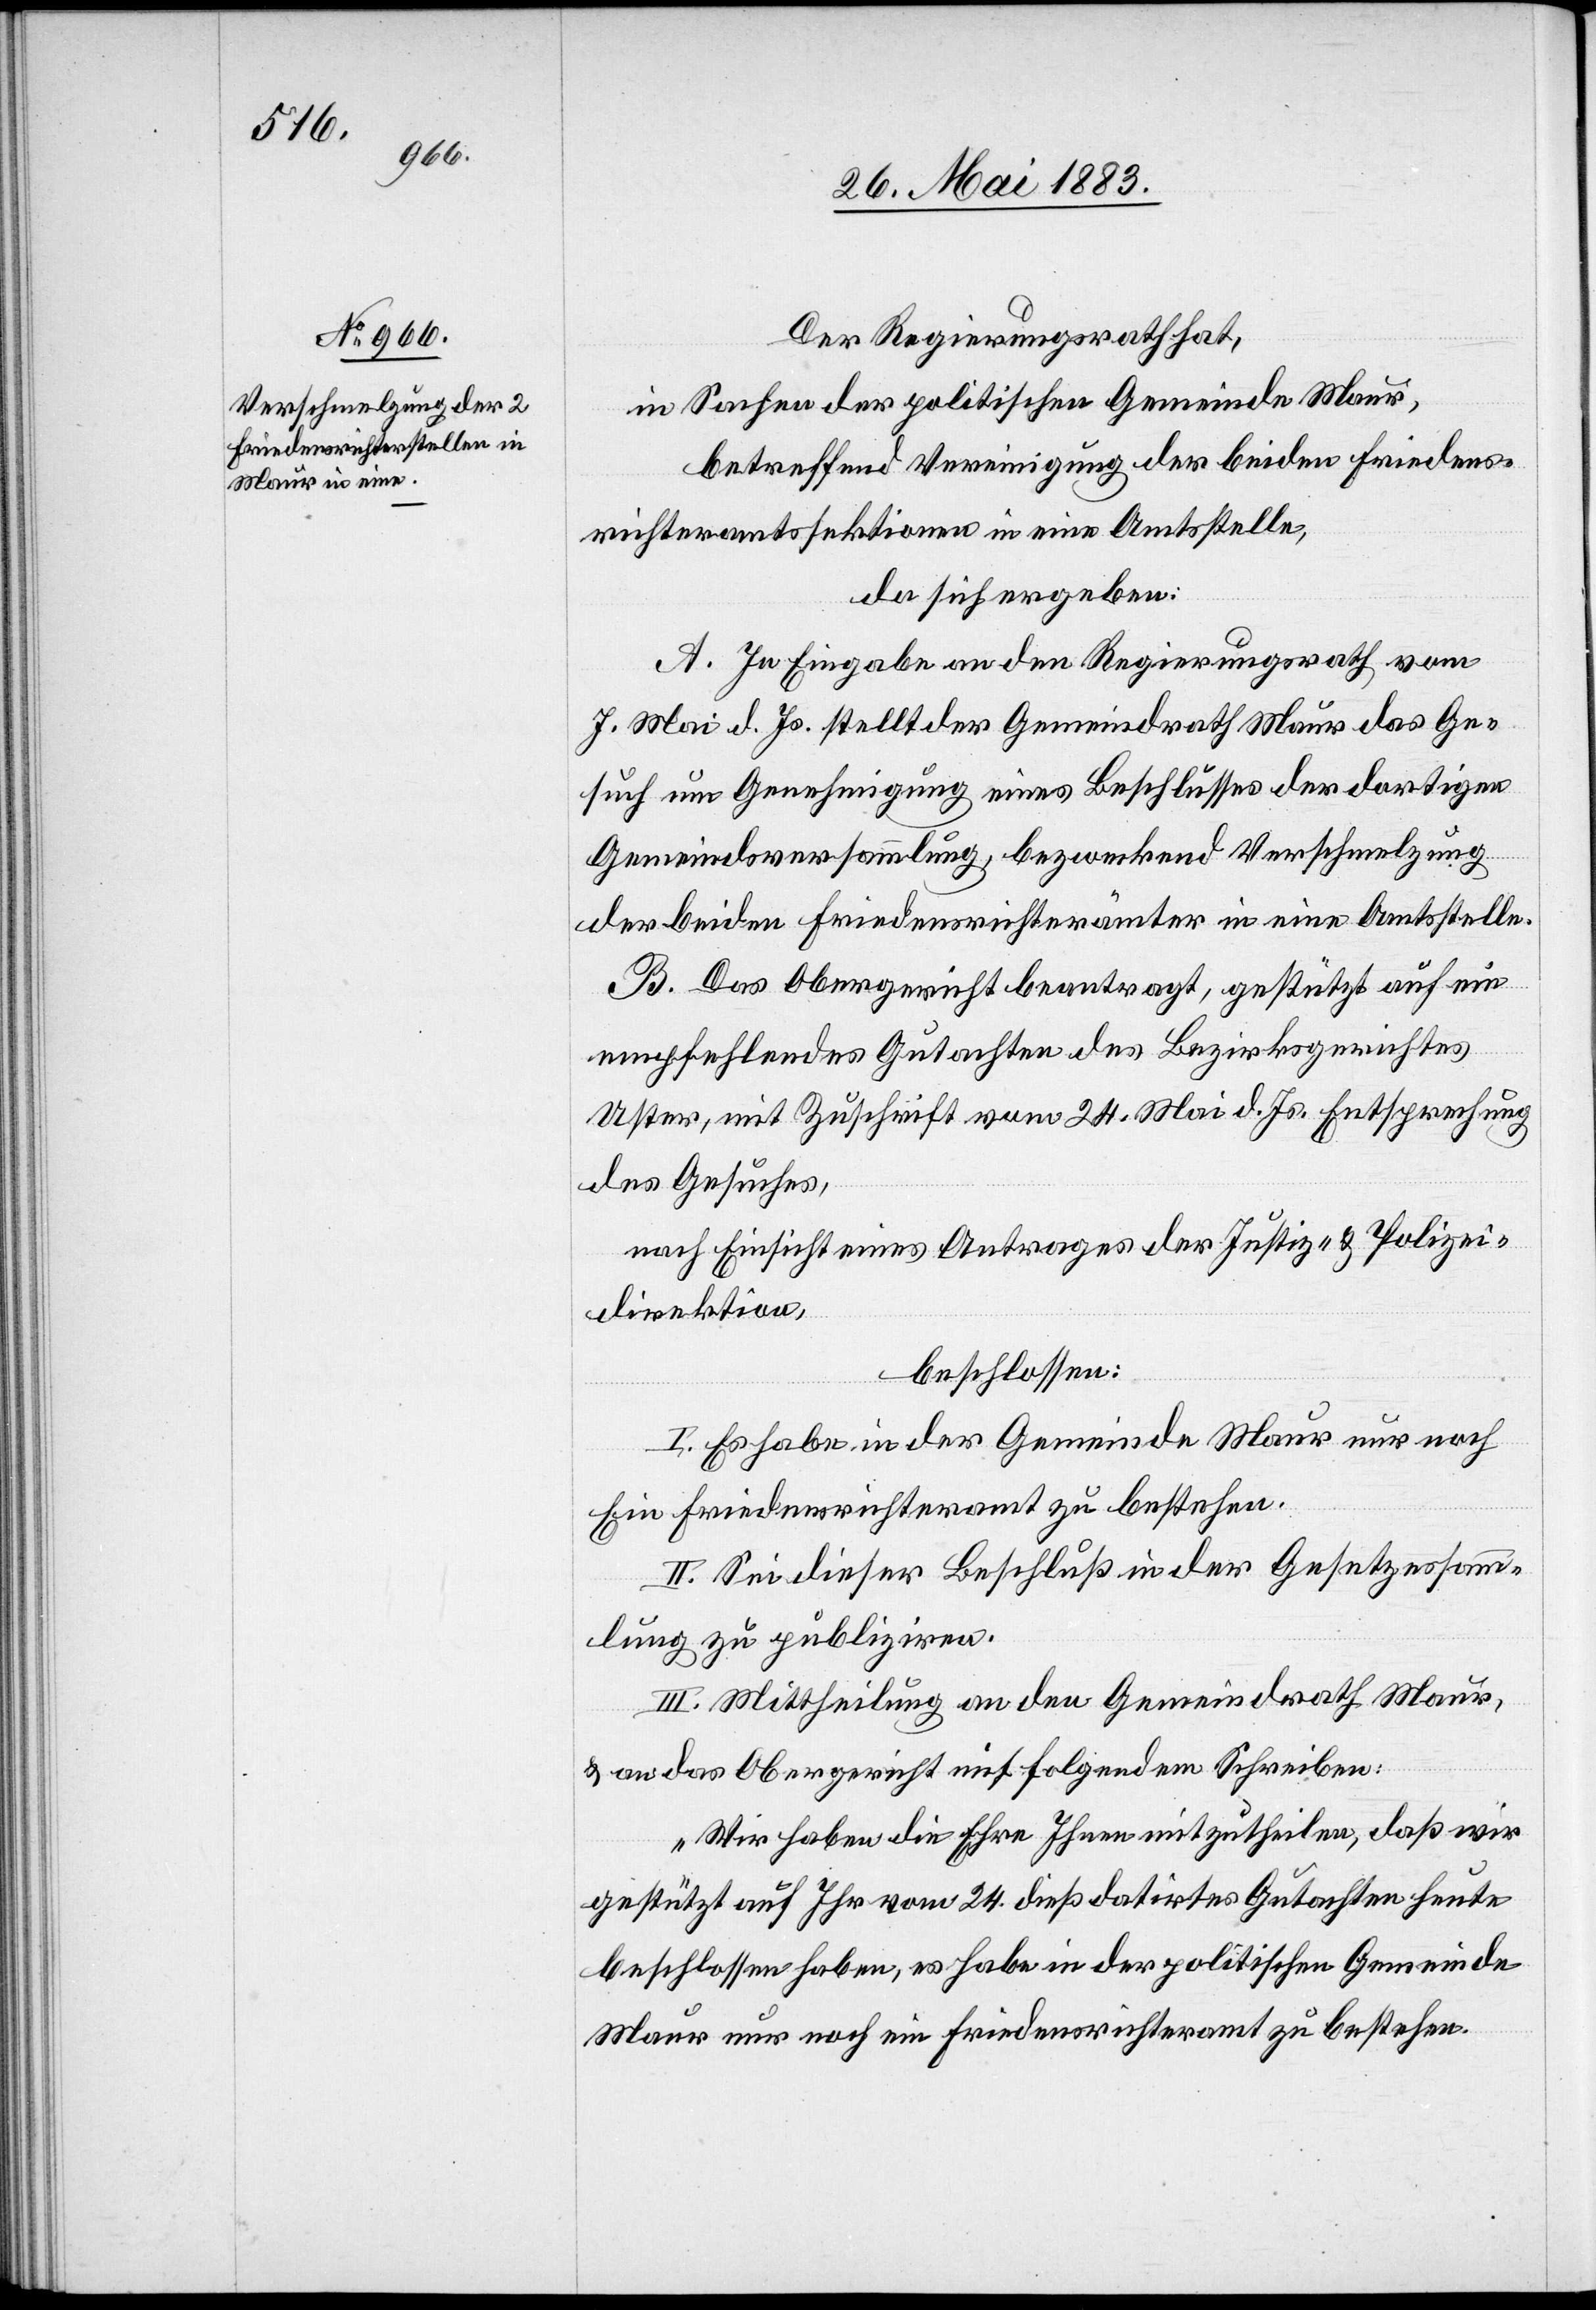
Der Regierungsrath hat,
in Sachen der politischen Gemeinde Maur,
betreffend Vereinigung der beiden Friedens¬
richteramtssektionen in eine Amtsstelle,
da sich ergeben:
A. In Eingabe an den Regierungsrath vom
7. Mai d. Js. stellt der Gemeindrath Maur das Ge¬
such um Genehmigung eines Beschlusses des dortigen
Gemeindeversammlung, bezweckend Verschmelzung
der beiden Friedensrichterämter in eine Amtstelle.
B. Das Obergericht beantragt, gestützt auf ein
empfehlendes Gutachten des Bezirksgerichtes
Uster, mit Zuschrift vom 24. Mai d. Js. Entsprechung
des Gesuches,
nach Einsicht eines Antrages der Justiz- & Polizei¬
direktion,
beschlossen:
I. Es habe in der Gemeinde Maur nur noch
ein Friedensrichteramt zu bestehen.
II. Sei dieser Beschluß in der Gesetzessamm¬
lung zu publiziren.
III. Mittheilung an den Gemeindrath Maur,
& an das Obergericht mit folgendem Schreiben:
„Wir haben die Ehre Ihnen mitzutheilen, daß wir
gestützt auf Ihr vom 24. dieß datirtes Gutachten heute
beschlossen haben, es habe in der politischen Gemeinde
Maur nur noch ein Friedensrichteramt zu bestehen.